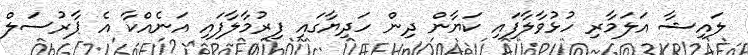
ލައިޝާ އަލަމާރި ހުޅުވާލާފައި ކަޔާން ދިން ހަދިޔާގައި ފިރުމާލާފައި އަނެއްކާ އެ ޕާރުސަލް